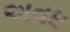
અવધ